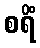
စရိံ